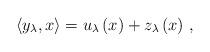
LaTeX: \begin{align*}\left\langle y_{\lambda},x\right\rangle =u_{\lambda}\left( x\right)+z_{\lambda}\left( x\right) \,,\end{align*}